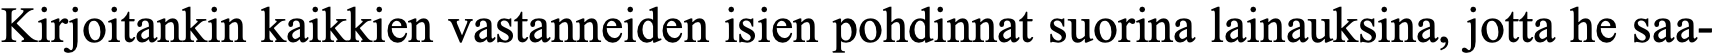
Kirjoitankin kaikkien vastanneiden isien pohdinnat suorina lainauksina, jotta he saa-